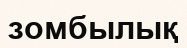
зомбылық